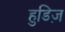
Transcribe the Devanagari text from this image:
हुडिज़